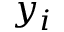
y _ { i }